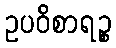
ဥပဝိစာရဉ္စ